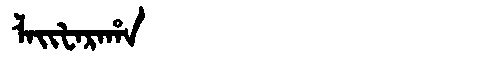
Manchu: ᠯᠠᡳᡶᠠᡵᠠᡥᠠ
Romanization: LAIFARAHA